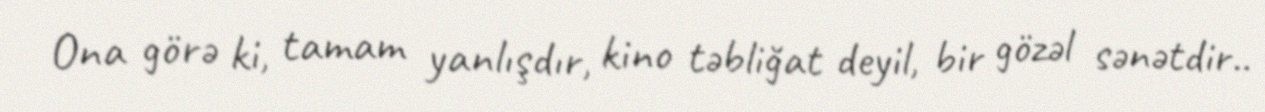
Ona görə ki, tamam yanlışdır, kino təbliğat deyil, bir gözəl sənətdir..